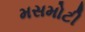
મસમોટી